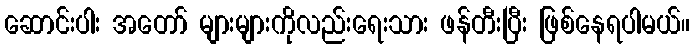
ဆောင်းပါး အတော် များများကိုလည်းရေးသား ဖန်တီးပြီး ဖြစ်နေရပါမယ်။